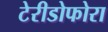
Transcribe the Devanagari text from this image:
टेरीडोफोरा